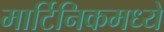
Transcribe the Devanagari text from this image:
मार्टिनिकमध्ये